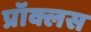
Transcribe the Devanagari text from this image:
प्रॉक्लस